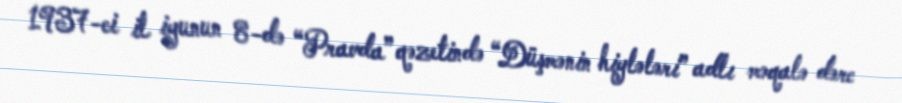
1937-ci il iyunun 8-də “Pravda” qəzetində “Düşmənin hiylələri” adlı məqalə dərc